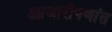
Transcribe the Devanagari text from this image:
आजारीपणांत